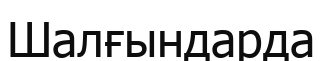
Шалғындарда